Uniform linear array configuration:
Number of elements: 48
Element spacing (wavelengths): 1
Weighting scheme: cosine
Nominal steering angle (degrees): -30
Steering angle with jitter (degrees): -29.124
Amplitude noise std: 0.05
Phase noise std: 0.05

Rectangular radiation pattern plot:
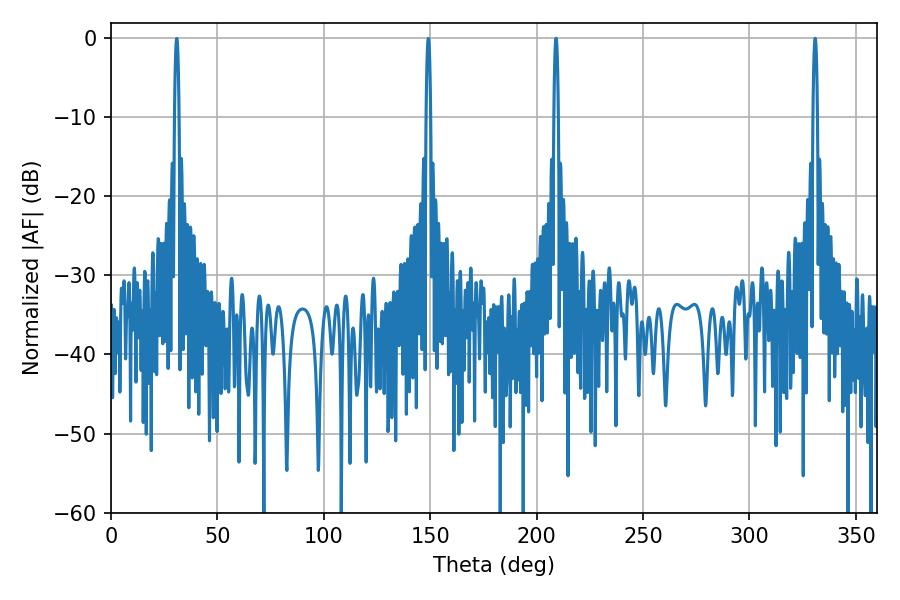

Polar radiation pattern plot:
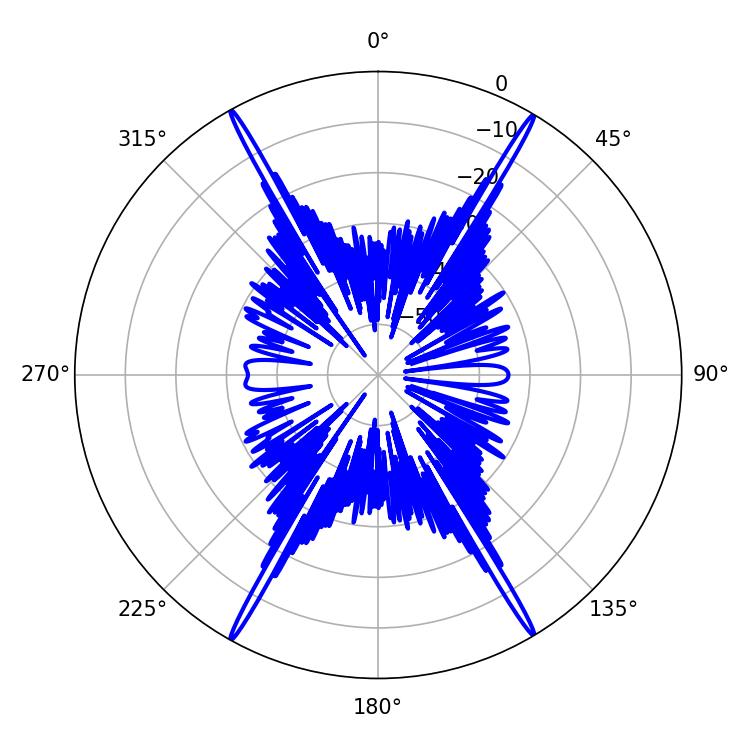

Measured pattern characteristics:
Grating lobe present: TRUE
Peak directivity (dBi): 31.006
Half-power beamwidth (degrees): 1.08
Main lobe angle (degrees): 330.84